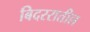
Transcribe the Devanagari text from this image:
बिदररातील